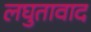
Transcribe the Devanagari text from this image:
लघुतावाद